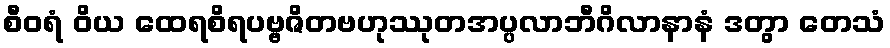
စီဝရံ ဝိယ ထေရစိရပဗ္ဗဇိတဗဟုဿုတအပ္ပလာဘီဂိလာနာနံ ဒတွာ တေသံ